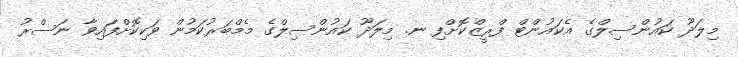
މިލަދޫ ކައުންސިލްގެ އެކައުންޓް ފްރީޒްކޮށްފި ނ. މިލަދޫ ކައުންސިލްގެ މެމްބަރުކަމުން ވަކިކޮށްފައިވާ ނަސްރު